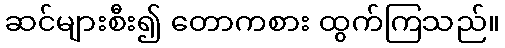
ဆင်များစီး၍ တောကစား ထွက်ကြသည်။